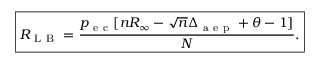
\boxed { R _ { \mathrm { ~ L ~ B ~ } } = \frac { p _ { \mathrm { ~ e ~ c ~ } } [ n R _ { \infty } - \sqrt { n } \Delta _ { \mathrm { ~ a ~ e ~ p ~ } } + \theta - 1 ] } { N } . }